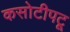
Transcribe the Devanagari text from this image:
कसोटीपटू